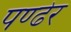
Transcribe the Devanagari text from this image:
पण्ढेर